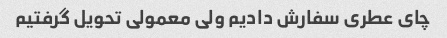
چای عطری سفارش دادیم ولی معمولی تحویل گرفتیم